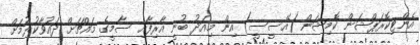
އެންޓިކޮރަޕްޝަން ކޮމިޝަން (އޭސީސީ) އިން މިއަދު ބުނީ އާރިފާއި ސާމީގެ މައްޗަށް ދައުވާކުރުމަށް